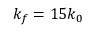
k _ { f } = 1 5 k _ { 0 }